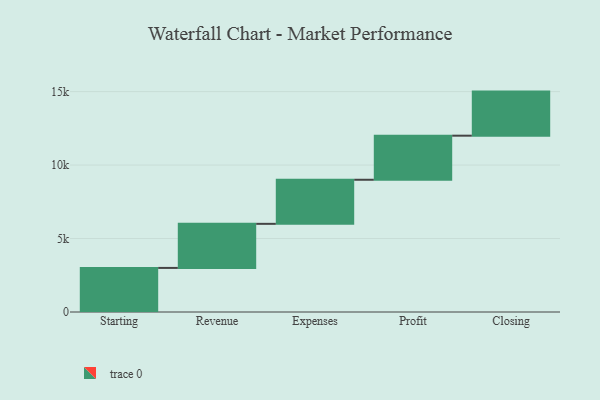
{"axis": {"x": "Step", "y": "Value"}, "legend": [""], "data": [{"x": "Starting", "y": 3000, "type": ""}, {"x": "Revenue", "y": 3000, "type": ""}, {"x": "Expenses", "y": 3000, "type": ""}, {"x": "Profit", "y": 3000, "type": ""}, {"x": "Closing", "y": 3000, "type": ""}]}